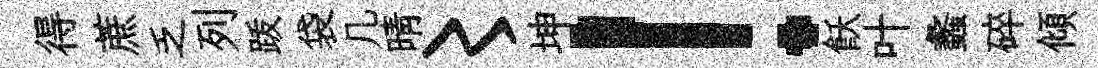
得蔗乏列䟦袋几晴〻坤！飫叶蠡碎傾